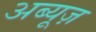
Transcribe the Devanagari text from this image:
अब्यूज़